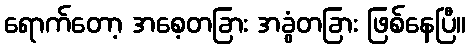
ရောက်တော့ အစေ့တခြား အခွံတခြား ဖြစ်နေပြီ။